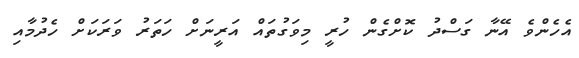
އެހެންވެ އޭނާ ގަސްދު ކޮށްގެން ހުރީ މިވަގުތައް އަރީނަށް ހަތަރު ވަރަކަށް ހެދުމާއި